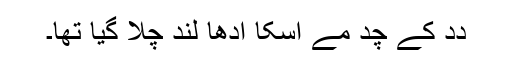
دِدِ کے چُد مے اُسکا اَدھا لُند چلا گیا تھا۔